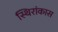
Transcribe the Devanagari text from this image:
स्थिरांकास